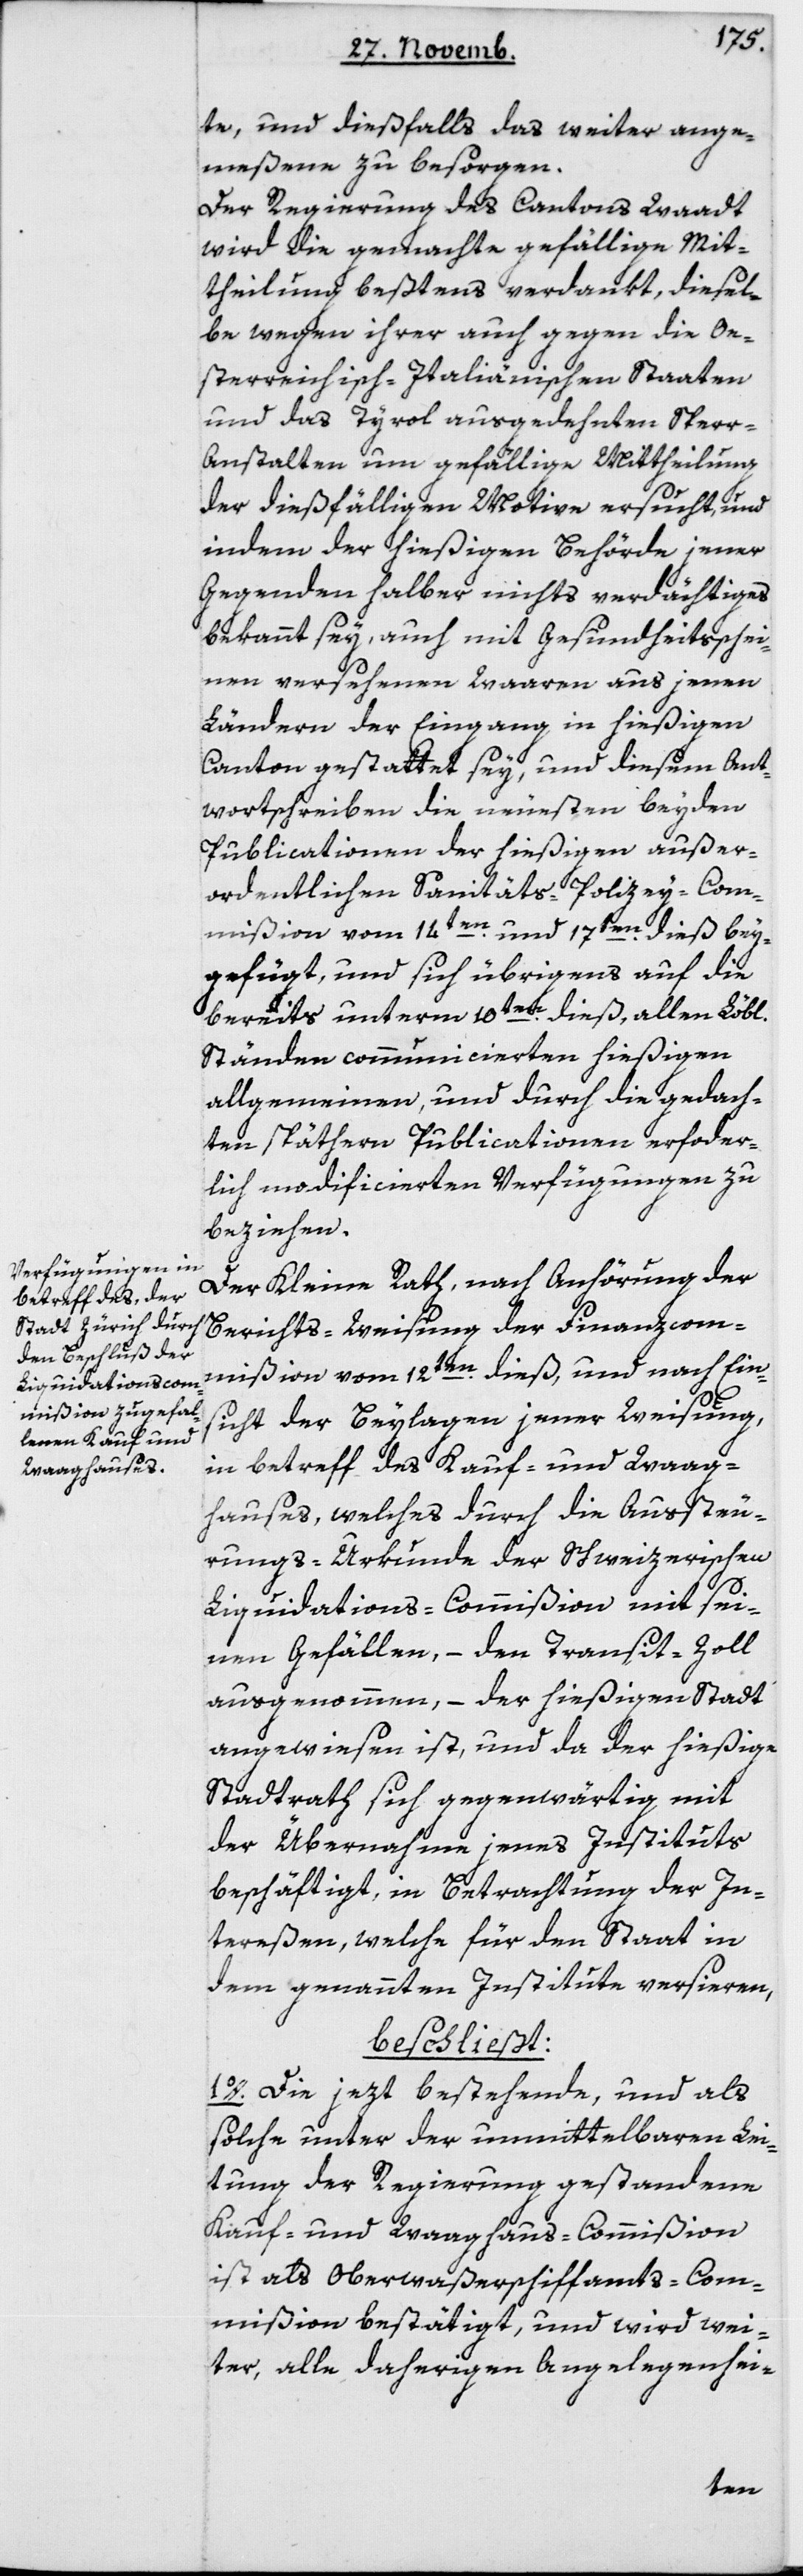
te, und dießfalls das weiter Ange¬
meßene zu besorgen.
Der Regierung des Cantons Waadt
wird die gemachte gefällige Mit¬
theilung beßtens verdankt, diesel¬
be wegen ihrer auch gegen die Oe¬
sterreichisch-Italienischen Staaten
und das Tyrol ausgedehnten Sper¬
r-Anstalten um gefällige Mittheilung
der dießfälligen Motive ersucht, und
indem der hießigen Behörde jener
Gegenden halber nichts Verdächtiges
bekannt sey, auch mit Gesundheitsschei¬
nen versehenen Waaren aus jenen
Ländern der Eingang in hießigen
Canton gestattet sey, und diesem Ant¬
wortschreiben die neuesten beiden
Publicationen der hießigen außer¬
ordentlichen Sanitäts-Polizey-Com¬
mißion vom 14ten und 17ten dieß bey¬
gefügt, und sich übrigens auf die
bereits unterm 10ten dieß, allen Löbl.
Ständen communicierten hießigen
allgemeinen, und durch die gedach¬
ten spätern Publicationen erforder¬
lich modificierten Verfügungen zu
beziehen.
Der Kleine Rat, nach Anhörung der
Berichts-Weisung der Finanzcom¬
mißion vom 12ten dieß, und nach Ein¬
sicht der Beylagen jener Weisung,
in Betreff des Kauf- und Waag¬
hauses, welches durch die Aussteu¬
rungs-Urkunde der Schweizerischen
Liquidations-Commißion mit sei¬
nen Gefällen, – den Transit-Zoll
ausgenommen, – der hießigen Stadt
angewiesen ist, und da der hießige
Stadtrath sich gegenwärtig mit
der Übernahme jenes Instituts
beschäftigt, in Betrachtung der In¬
tereßen, welche für den Staat in
dem genannten Institute versieren,
beschließt:
1o. Die jezt bestehende, und als
solche unter der unmittelbaren Lei¬
tung der Regierung gestandene
Kauf- und Waaghaus-Commißion
ist als Oberwaßerschiffamts-Com¬
mißion bestätigt, und wird wei¬
ter, alle daherigen Angelegenhei-